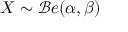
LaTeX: X \sim { \mathcal { B } } e ( \alpha , \beta )